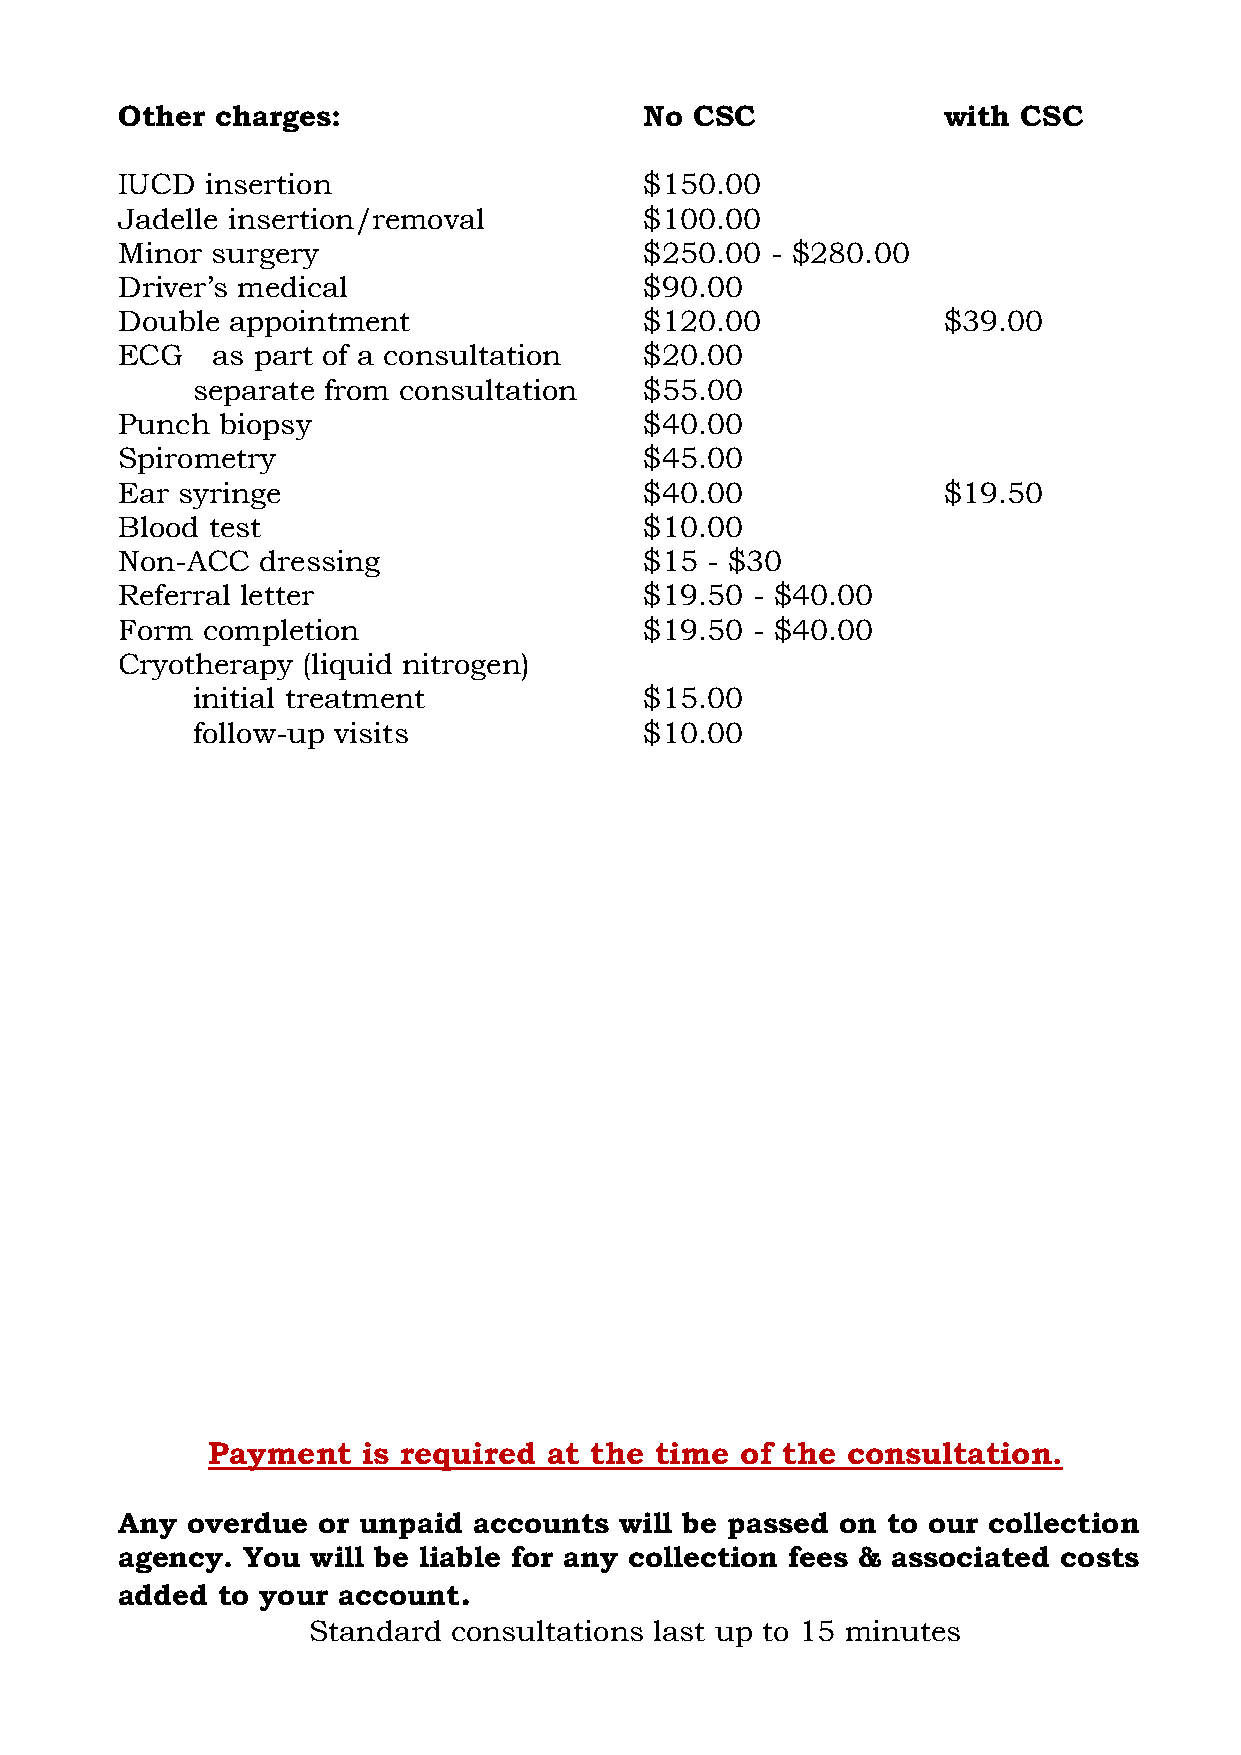
Other charges:                     No CSC             with  CSC
 IUCD  insertion                    $150.00
 Jadelle insertion/removal          $100.00
 Minor surgery                      $250.00 - $280.00
 Driver’s medical                   $90.00
 Double appointment                 $120.00            $39.00
 ECG   as part of a consultation    $20.00
 separate from consultation    $55.00
 Punch biopsy                       $40.00
 Spirometry                         $45.00
 Ear syringe                        $40.00             $19.50
 Blood test                         $10.00
 Non-ACC  dressing                  $15 - $30
 Referral letter                    $19.50 - $40.00
 Form completion                    $19.50 - $40.00
 Cryotherapy (liquid nitrogen)
 initial treatment             $15.00
 follow-up visits              $10.00
 Payment   is required at the time  of the consultation.
 Any overdue  or unpaid accounts  will be passed on to our collection
 agency. You  will be liable for any collection fees & associated costs
 added to your account.
 Standard  consultations last up to 15 minutes